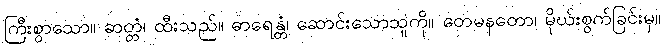
ကြီးစွာသော။ ဆတ္တံ၊ ထီးသည်။ ဓာရေန္တံ၊ ဆောင်းသောသူကို။ တေမနတော၊ မိုဃ်းစွက်ခြင်းမှ။